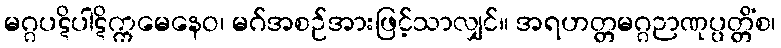
မဂ္ဂပဋိပါဋိက္ကမေနေဝ၊ မဂ်အစဉ်အားဖြင့်သာလျှင်။ အရဟတ္တမဂ္ဂဉာဏုပ္ပတ္တိံစ၊